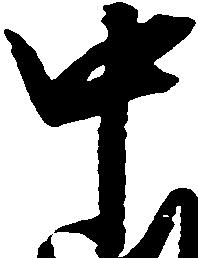
中